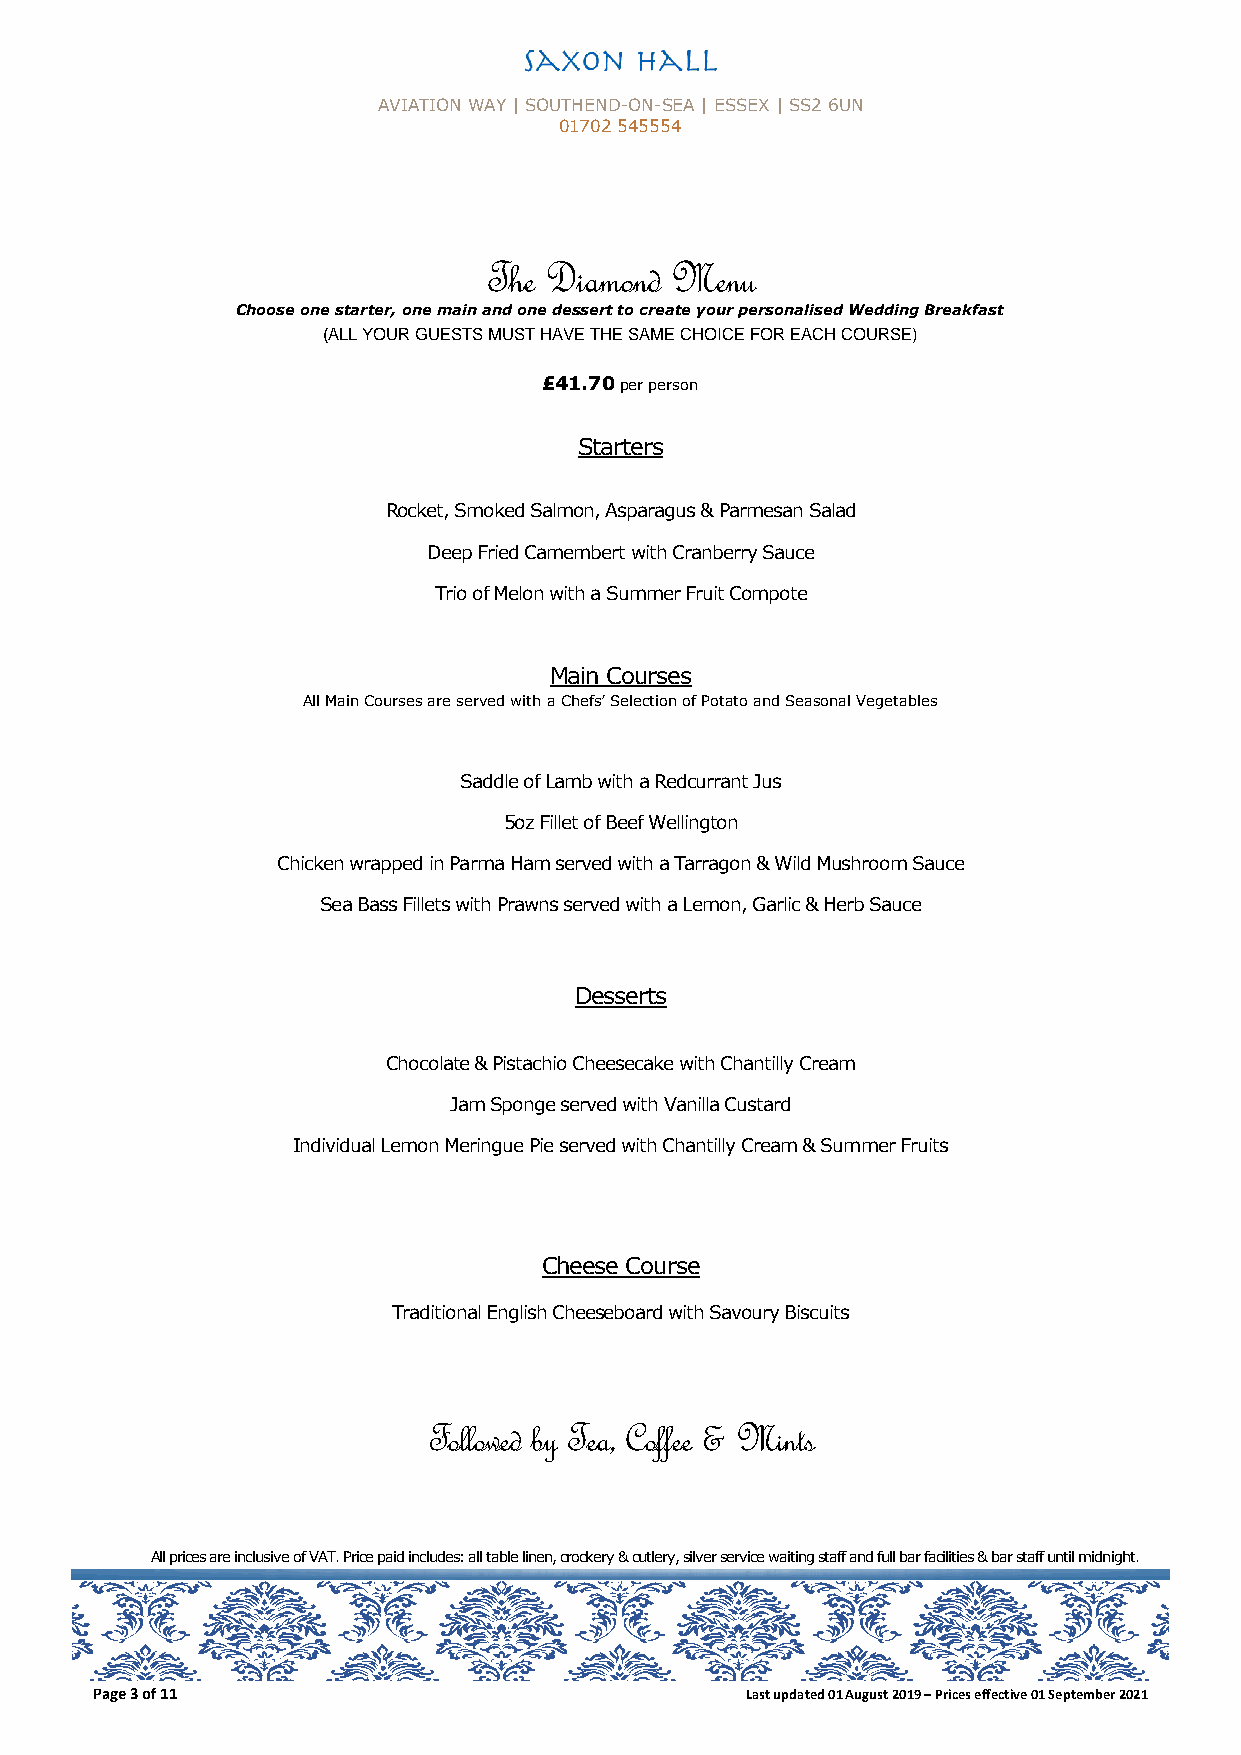
AVIATION WAY | SOUTHEND-ON-SEA | ESSEX | SS2 6UN
 01702 545554
 The Diamond Menu
 Choose one starter, one main and one dessert to create your personalised Wedding Breakfast
 (ALL YOUR GUESTS MUST HAVE THE SAME CHOICE FOR EACH COURSE)
 £41.70 p er person
 Starters
 Rocket, Smoked Salmon, Asparagus & Parmesan Salad
 Deep Fried Camembert with Cranberry Sauce
 Trio of Melon with a Summer Fruit Compote
 Main Courses
 All Main Courses are served with a Chefs’ Selection of Potato and Seasonal Vegetables
 Saddle of Lamb with a Redcurrant Jus
 5oz Fillet of Beef Wellington
 Chicken wrapped in Parma Ham served with a Tarragon & Wild Mushroom Sauce
 Sea Bass Fillets with Prawns served with a Lemon, Garlic & Herb Sauce
 Desserts
 Chocolate & Pistachio Cheesecake with Chantilly Cream
 Jam Sponge served with Vanilla Custard
 Individual Lemon Meringue Pie served with Chantilly Cream & Summer Fruits
 Cheese Course
 Traditional English Cheeseboard with Savoury Biscuits
 Followed by Tea, Coffee & Mints
 All prices are inclusive of VAT. Price paid includes: all table linen, crockery & cutlery, silver se rvice waiting staff and full bar facilities & bar staff until midnight.
 Page 3 of 11                               Last updated 01 August 2019 – Prices effective 01 September 2021